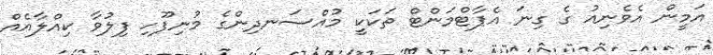
އަމީން އެވެނިއު ގެ ގިނަ އެޕާޓްމަންޓް ތަކަކީ މުއްސަނދިންގެ މުނިފޫހި ފިލުވާ ކިއްލާއެއް